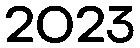
2023